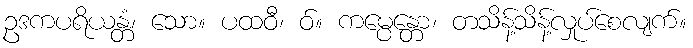
ဥဒကပရိယန္တံ၊ သော။ ပထဝီ၊ ဝ်။ ကမ္ပေန္တော၊ တသိန့်သိန့်လှုပ်စေလျက်။